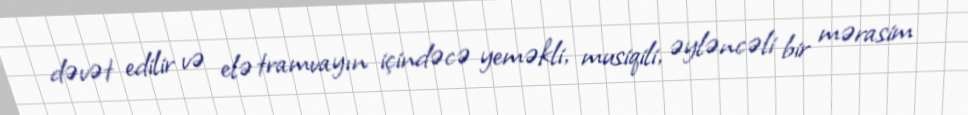
dəvət edilir və elə tramvayın içindəcə yeməkli, musiqili, əyləncəli bir mərasim